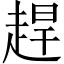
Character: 趕